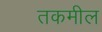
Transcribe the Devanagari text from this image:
तकमील